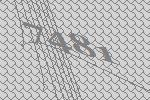
7481